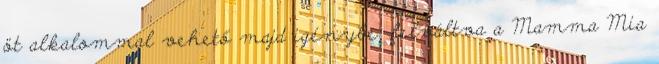
öt alkalommal vehető majd igénybe, felváltva a Mamma Mia